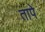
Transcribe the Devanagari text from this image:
तापे